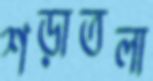
শড়াতলা